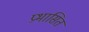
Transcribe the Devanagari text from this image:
प्रभासित